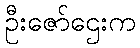
ဦးဇော်ဌေးက